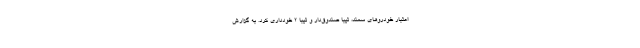
اعتبار خودروهای سمند، تیبا صندوق‌دار و تیبا ۲ خودداری کرد. به گزارش